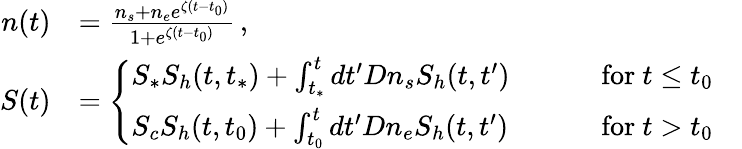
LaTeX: \begin{array}{rlr}{n(t)}&{=\frac{n_{s}+n_{e}e^{\zeta(t-t_{0})}}{1+e^{\zeta(t-t_{0})}}\, ,}&\\ {S(t)}&{=\left\{ \begin{array}{ll}{S_{*}S_{h}(t,t_{*})+\int_{t_{*}}^{t}dt^{\prime}Dn_{s}S_{h}(t,t^{\prime})\qquad}&{\mathrm{~for~}t\le t_{0}}\\ {S_{c}S_{h}(t,t_{0})+\int_{t_{0}}^{t}dt^{\prime}Dn_{e}S_{h}(t,t^{\prime})\qquad}&{\mathrm{~for~}t>t_{0}}\end{array}\right.}\end{array}